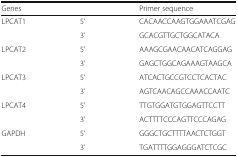
| Genes |  | Primer sequence |
 | --- | --- | --- |
 | LPCAT1 | 5’ | CACAACCAAGTGGAAATCGAG |
 |  | 3’ | GCACGTTGCTGGCATACA |
 | LPCAT2 | 5’ | AAAGCGAACAACATCAGGAG |
 |  | 3’ | GAGCTGGCAGAAAGTAAGCA |
 | LPCAT3 | 5’ | ATCACTGCCGTCCTCACTAC |
 |  | 3’ | AGTCAACAGCCAAACCAATC |
 | LPCAT4 | 5’ | TTGTGGATGTGGAGTTCCTT |
 |  | 3’ | ACTTTTCCCAGTTCCCAGAG |
 | GAPDH | 5’ | GGGCTGCTTTTAACTCTGGT |
 |  | 3’ | TGATTTTGGAGGGATCTCGC |